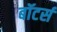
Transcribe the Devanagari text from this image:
बॉटर्स